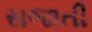
સજાતી